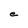
Character: e